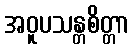
အဝူပသန္တစိတ္တာ